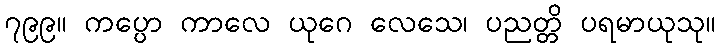
၇၉၉။ ကပ္ပော ကာလေ ယုဂေ လေသေ၊ ပညတ္တိ ပရမာယုသု။